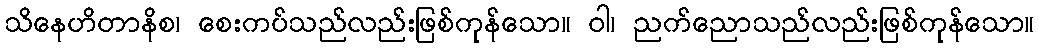
သိနေဟိတာနိစ၊ စေးကပ်သည်လည်းဖြစ်ကုန်သော။ ဝါ၊ ညက်ညောသည်လည်းဖြစ်ကုန်သော။